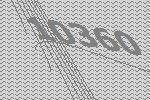
10360